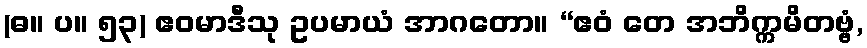
(ဓ။ ပ။ ၅၃) ဧဝမာဒီသု ဥပမာယံ အာဂတော။ “ဧဝံ တေ အဘိက္ကမိတဗ္ဗံ,